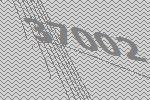
37002